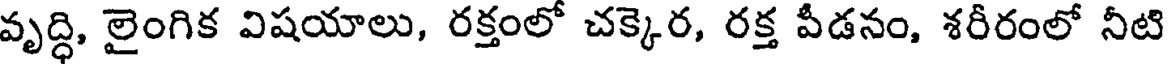
వృద్ధి, లైంగిక విషయాలు, రక్తంలో చక్కెర, రక్త వీడనం, శరీరంలో నీటి